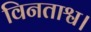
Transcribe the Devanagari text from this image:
विनताश्व।